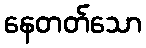
နေတတ်သော